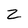
Character: z